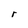
Character: r